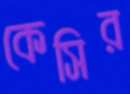
কেসির